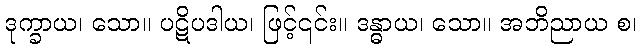
ဒုက္ခာယ၊ သော။ ပဋိပဒါယ၊ ဖြင့်၎င်း။ ဒန္ဓာယ၊ သော။ အဘိညာယ စ၊